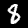
Label: 8